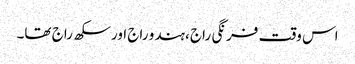
اس وقت فرنگی راج ،ہندو راج اور سکھ راج تھا۔